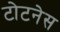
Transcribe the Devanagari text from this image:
टोटनेस